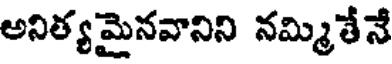
అనిత్యమైనవానిని నమ్మితేనే